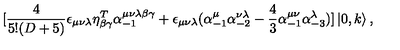
\lbrack \frac { 4 } { 5 ! ( D + 5 ) } \epsilon _ { \mu \nu \lambda } \eta _ { \beta \gamma } ^ { T } \alpha _ { - 1 } ^ { \mu \nu \lambda \beta \gamma } + \epsilon _ { \mu \nu \lambda } ( \alpha _ { - 1 } ^ { \mu } \alpha _ { - 2 } ^ { \nu \lambda } - \frac { 4 } { 3 } \alpha _ { - 1 } ^ { \mu \nu } \alpha _ { - 3 } ^ { \lambda } ) ] \left\vert 0 , k \right\rangle ,